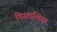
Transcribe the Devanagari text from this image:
पिस्ताशिया